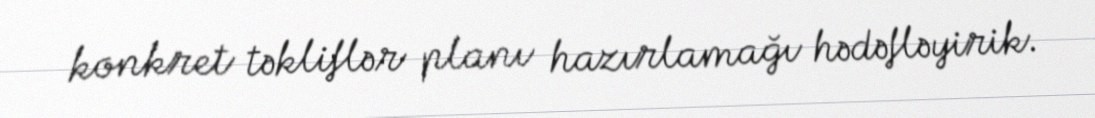
konkret təkliflər planı hazırlamağı hədəfləyirik.